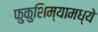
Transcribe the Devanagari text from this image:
फुकुशिम्यामध्ये